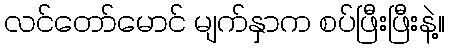
လင်တော်မောင် မျက်နှာက စပ်ဖြီးဖြီးနဲ့။